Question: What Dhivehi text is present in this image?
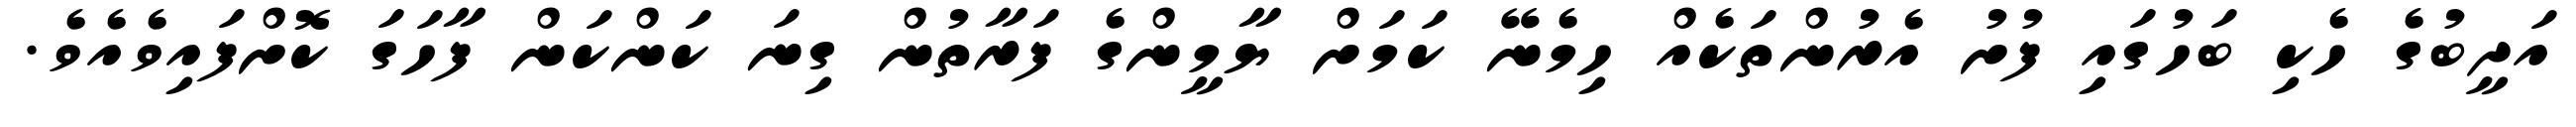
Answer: އަދީބުގެ ހެކި ބަހުގައި ފުށު އެރުންތަކެއް ހިމެނޭ ކަމަށް ޔާމީންގެ ފަރާތުން ގިނަ ކަންކަން ފާހަގަ ކޮށްފައިވެއެވެ.